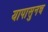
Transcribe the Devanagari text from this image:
यापासुनच